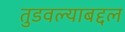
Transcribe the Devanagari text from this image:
तुडवल्याबद्दल